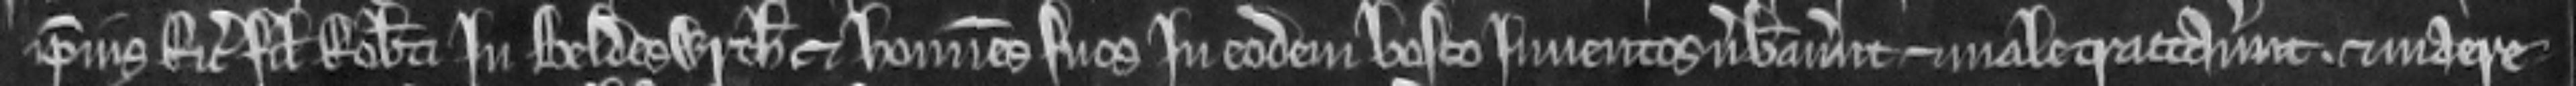
ipsius Ricardi filii Robertil in Beldeswyrth et homines suos in codem bosco inventos verberaverunt et maletractaverunt et maere